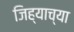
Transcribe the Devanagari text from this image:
जिह्याच्‍या